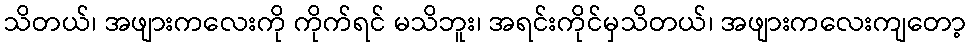
သိတယ်၊ အဖျားကလေးကို ကိုက်ရင် မသိဘူး၊ အရင်းကိုင်မှသိတယ်၊ အဖျားကလေးကျတော့